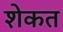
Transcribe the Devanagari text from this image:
शेकत